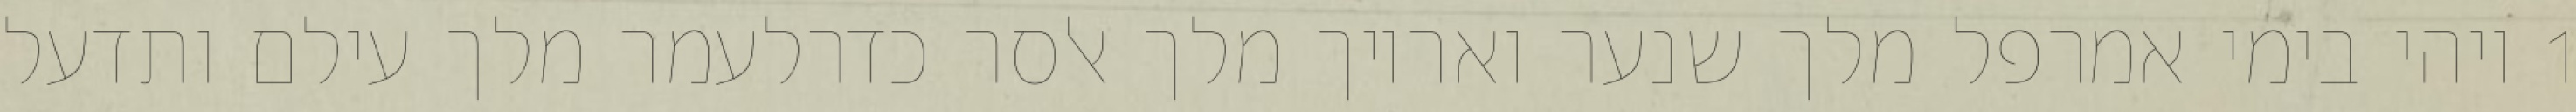
1 ויהי בימי אמרפל מלך שנער ואריוך מלך אלסר כדרלעמר מלך עילם ותדעל